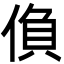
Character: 偩